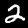
Label: 2